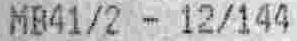
MB41/2 - 12/144